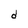
Character: d